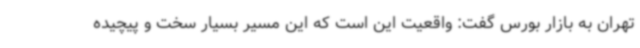
تهران به بازار بورس گفت: واقعیت این است که این مسیر بسیار سخت و پیچیده